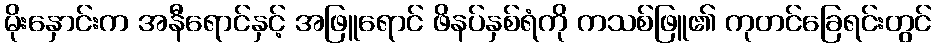
မိုးနှောင်းက အနီရောင်နှင့် အဖြူရောင် ဖိနပ်နှစ်ရံကို ကသစ်ဖြူ၏ ကုတင်ခြေရင်းတွင်